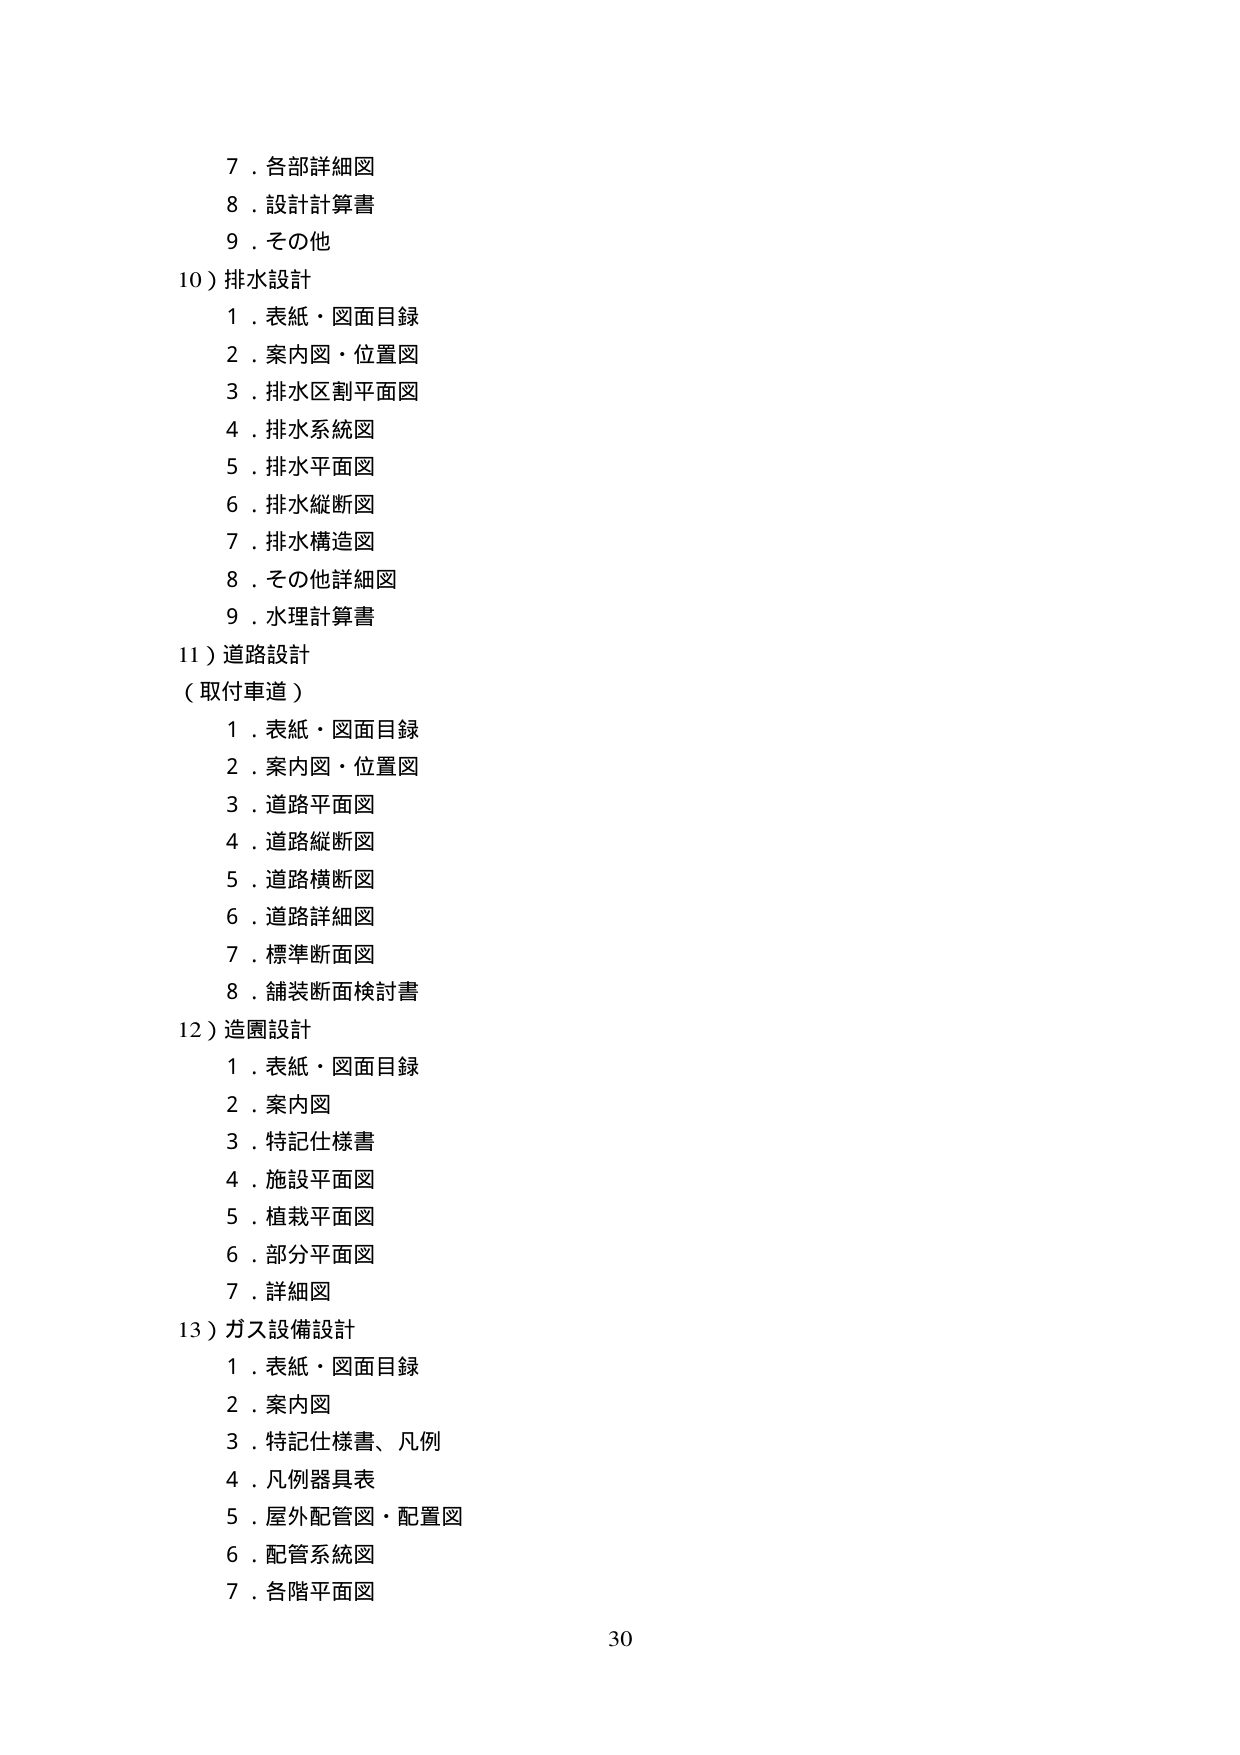
7．各部詳細図
8．設計計算書
9．その他
10）排水設計
　1．表紙・図面目録
　2．案内図・位置図
　3．排水区割平面図
　4．排水系統図
　5．排水平面図
　6．排水縦断図
　7．排水構造図
　8．その他詳細図
　9．水理計算書
11）道路設計
（取付車道）
　1．表紙・図面目録
　2．案内図・位置図
　3．道路平面図
　4．道路縦断図
　5．道路横断図
　6．道路詳細図
　7．標準断面図
　8．舗装断面検討書
12）造園設計
　1．表紙・図面目録
　2．案内図
　3．特記仕様書
　4．施設平面図
　5．植栽平面図
　6．部分平面図
　7．詳細図
13）ガス設備設計
　1．表紙・図面目録
　2．案内図
　3．特記仕様書、凡例
　4．凡例器具表
　5．屋外配管図・配置図
　6．配管系統図
　7．各階平面図
30